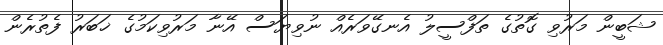
ޝަބީން މަރުވި ގޮތުގެ ތަފްސީލު އެނގޭވަރެއް ނުވިޔަސް އޭނާ މަރުވިކަމުގެ ޚަބަރު ފެތުރެން